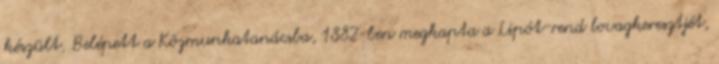
készült. Belépett a Közmunkatanácsba, 1882-ben megkapta a Lipót-rend lovagkeresztjét,